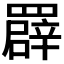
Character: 𦌠